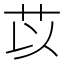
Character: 苡